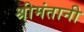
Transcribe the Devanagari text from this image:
श्रीमंतानी